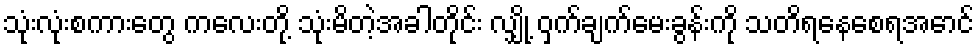
သုံးလုံးစကားတွေ ကလေးတို့ သုံးမိတဲ့အခါတိုင်း လျှို့ ဝှက်ချက်မေးခွန်းကို သတိရနေစေရအောင်